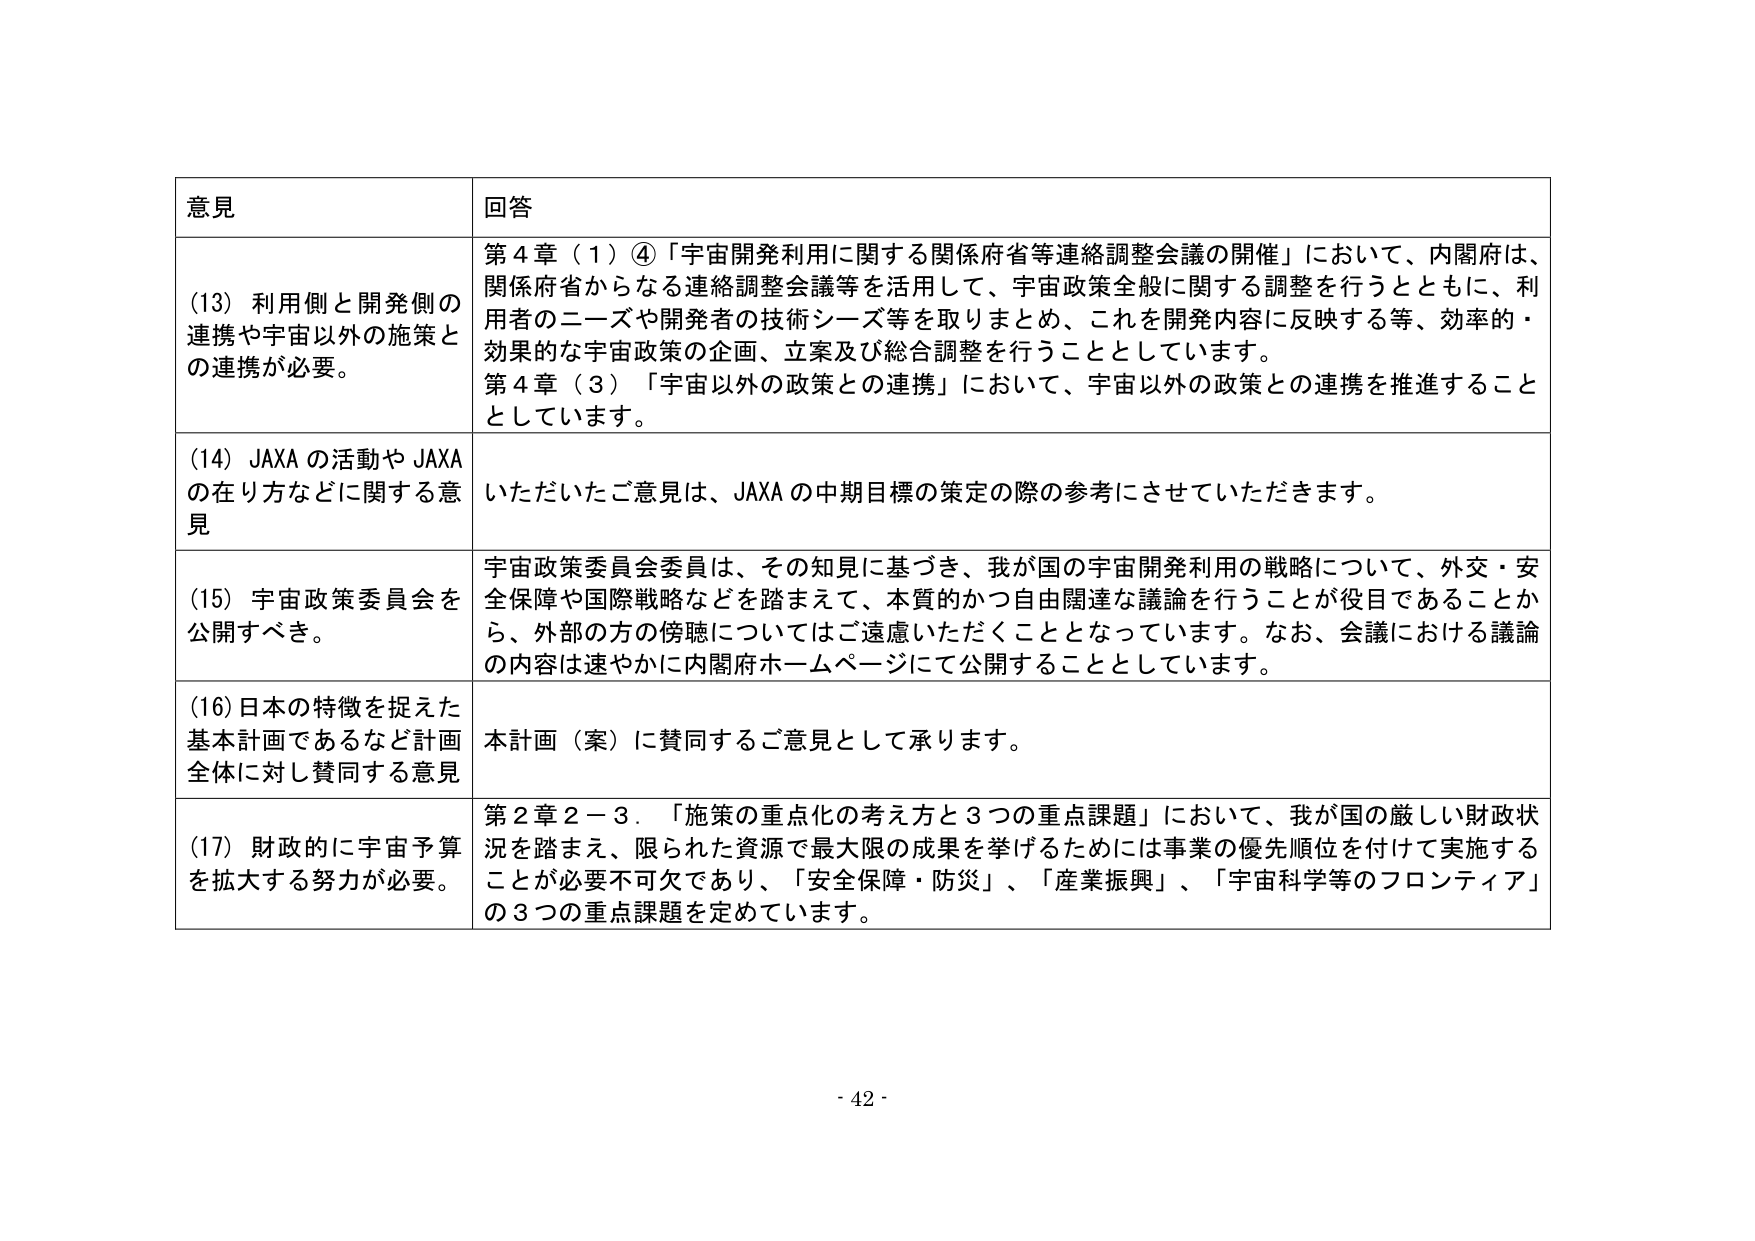
意見 回答
(13) 利用側と開発側の連携や宇宙以外の施策との連携が必要。
第4章（1）④「宇宙開発利用に関する関係府省等連絡調整会議の開催」において、内閣府は、関係府省からなる連絡調整会議等を活用して、宇宙政策全般に関する調整を行うとともに、利用者のニーズや開発者の技術シーズ等を取りまとめ、これを開発内容に反映する等、効率的・効果的な宇宙政策の企画、立案及び総合調整を行うこととしています。
第4章（3）「宇宙以外の政策との連携」において、宇宙以外の政策との連携を推進することとしています。
(14) JAXAの活動やJAXAの在り方などに関する意見
いただいたご意見は、JAXAの中期内目標の策定の際の参考にさせていただきます。
(15) 宇宙政策委員会を公開すべき。
宇宙政策委員会委員は、その知見に基づき、我が国の宇宙開発利用の戦略について、外交・安全保障や国際戦略などを踏まえて、本質的かつ自由闊達な議論を行うことが役目であることから、外部の方の傍聴についてはご遠慮いただくこととなっています。なお、会議における議論の内容は速やかに内閣府ホームページにて公開することとしています。
(16) 日本の特徴を捉えた基本計画であるなど計画全体に対し賛同する意見
本計画（案）に賛同するご意見として承ります。
(17) 財政的に宇宙予算を拡大する努力が必要。
第2章2－3．「施策の重点化の考え方と3つの重点課題」において、我が国の厳しい財政状況を踏まえ、限られた資源で最大限の成果を挙げるためには事業の優先順位を付けて実施することが必要不可欠であり、「安全保障・防災」、「産業振興」、「宇宙科学等のフロンティア」の3つの重点課題を定めています。
- 42 -